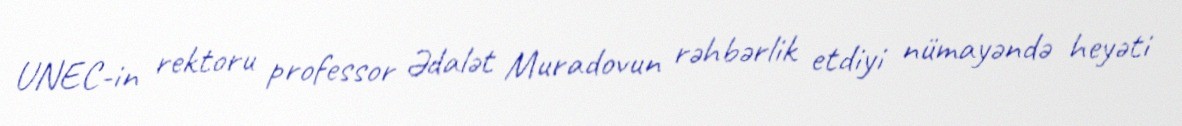
UNEC-in rektoru professor Ədalət Muradovun rəhbərlik etdiyi nümayəndə heyəti